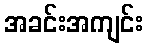
အခင်းအကျင်း